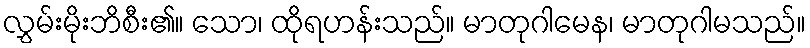
လွှမ်းမိုးဘိစီး၏။ သော၊ ထိုရဟန်းသည်။ မာတုဂါမေန၊ မာတုဂါမသည်။